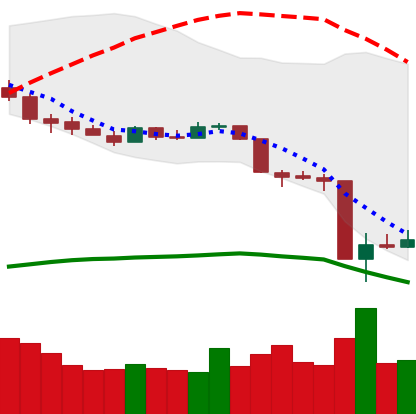
Ticker: XMR-USD
Chart end date: 2020-03-15
Forward return: 5.378%
Label: up_5_7